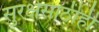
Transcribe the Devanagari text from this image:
सुरक्षेसाठीही